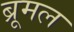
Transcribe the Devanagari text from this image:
ब्रूमल